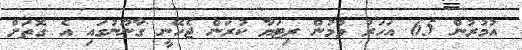
އުމުރުން 65 އަހަރު ވުމުން ރިޓަޔާ ކުރަން ޖެހޭނީ ގާނޫނުގައި އެ ގޮތަށް